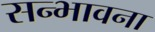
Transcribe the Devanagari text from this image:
सन्भावना